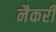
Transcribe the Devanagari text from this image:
नैकरी